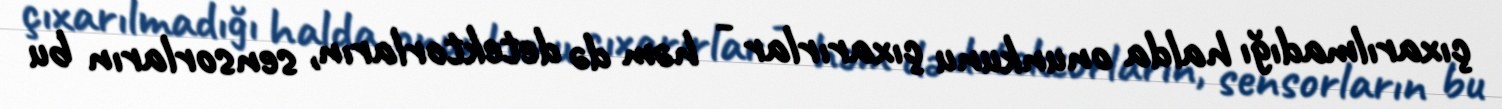
çıxarılmadığı halda onunkunu çıxarırlar - həm də detektorların, sensorların bu